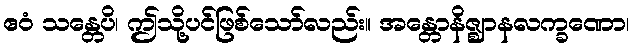
ဧဝံ သန္တေပိ၊ ဤသို့ပင်ဖြစ်သော်လည်း။ အန္တောနိဇ္ဈာနလက္ခဏော၊